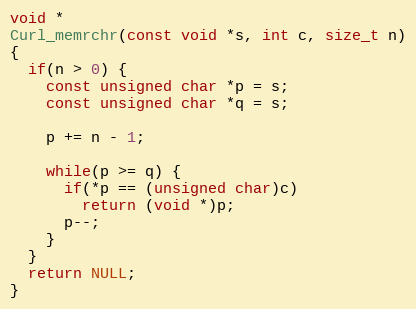
Language: C
void *
Curl_memrchr(const void *s, int c, size_t n)
{
  if(n > 0) {
    const unsigned char *p = s;
    const unsigned char *q = s;

    p += n - 1;

    while(p >= q) {
      if(*p == (unsigned char)c)
        return (void *)p;
      p--;
    }
  }
  return NULL;
}